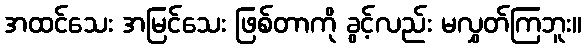
အထင်သေး အမြင်သေး ဖြစ်တာကို ခွင့်လည်း မလွှတ်ကြဘူး။